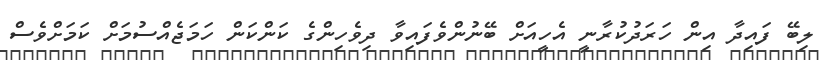
ލިބޭ ފައިދާ އިން ހަރަދުކުރާނީ އެހީއަށް ބޭނުންވެފައިވާ ދިވެހިންގެ ކަންކަން ހަމަޖެއްސުމަށް ކަމަށްވެސް